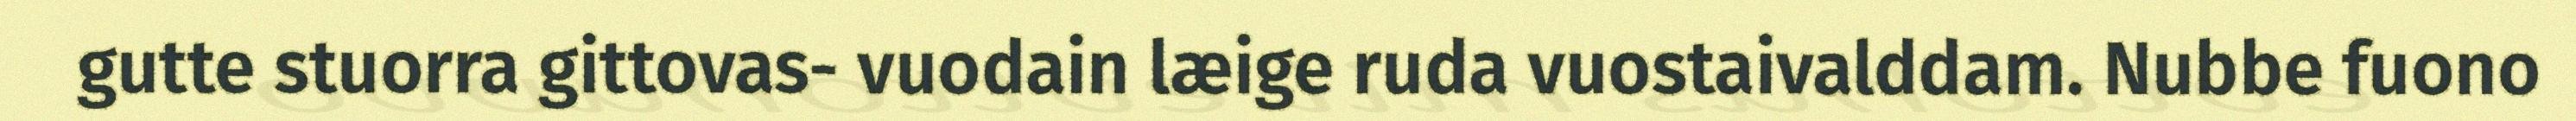
gutte stuorra gittovas- vuodain læige ruda vuostaivalddam. Nubbe fuono